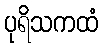
ပုရိသကထံ